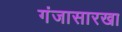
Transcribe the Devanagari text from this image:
गंजासारखा